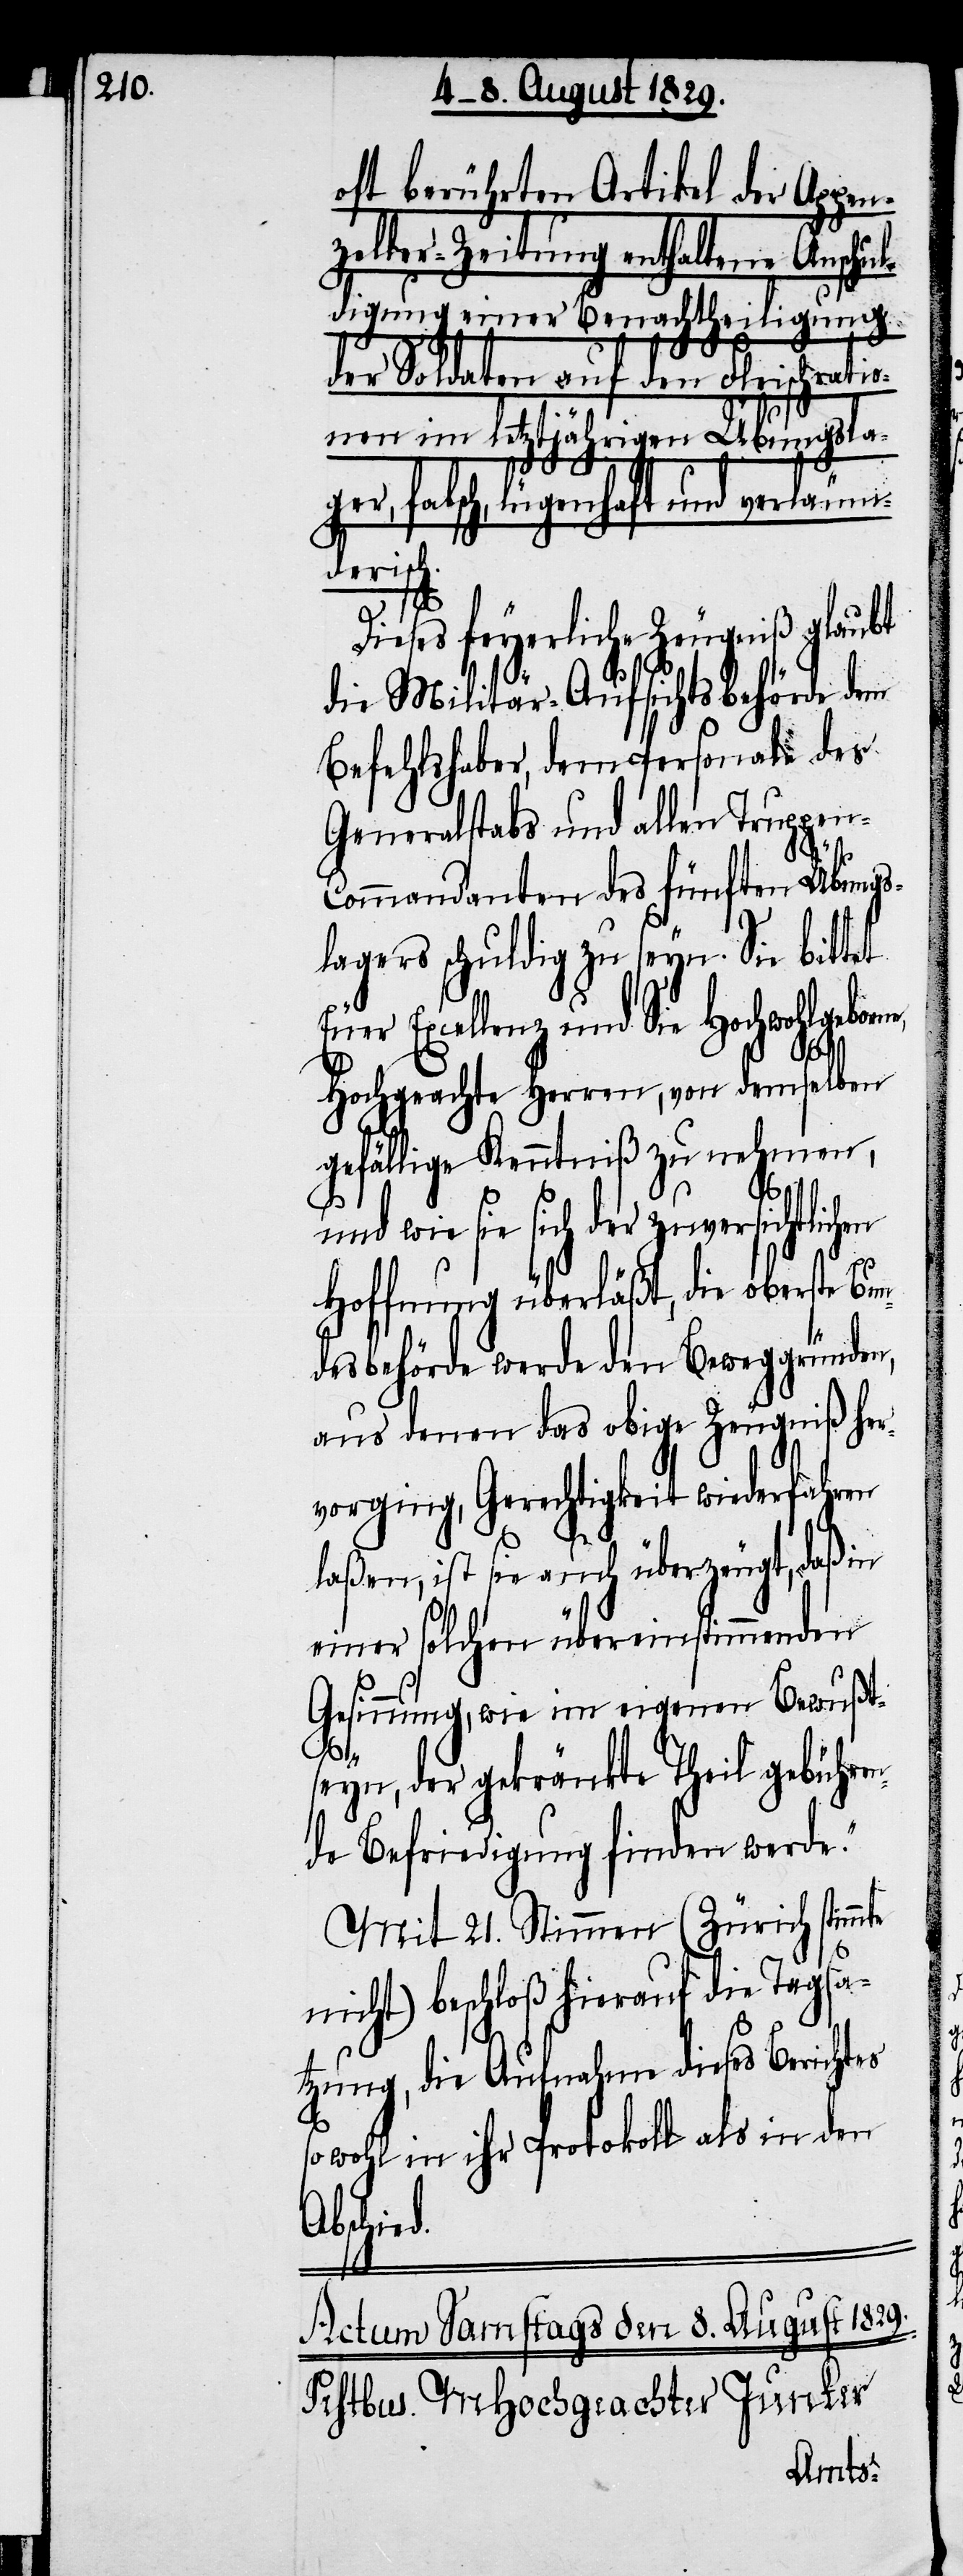
oft berührten Artikel der Appen¬
zeller-Zeitung enthaltene Anschu¬
ldigung einer Benachtheiligung
der Soldaten auf den Fleischratio¬
nen im letztjährigen Übungsla¬
ger, falsch, lügenhaft und verläumd¬
erisch.
Dieses feyerliche Zeugniß glaubt
die Militär-Aufsichtsbehörde dem
Befehlshaber, dem Personale des
Generalstabs und allen Truppen-C¬
d.
ommandanten des fünften Übungs¬
lagers schuldig zu seyn. Sie bittet
Excellenz und Sie Hochwohlgeb¬
Hochgeachte Herren, von demselben
gefällige Kenntniß zu nehmen,
und wie sie sich der zuversichtlichen
Hoffnung überläßt, die Oberste
desbehörde werde den Beweggründen
aus denen das obige Zeugniß her¬
vorging, Gerechtigkeit wiederfahren
laßen, ist sie auch überzeugt, daß in
einer solchen übereinstimmenden
Gesinnung, wie im eigenen Bewußt¬
seyn, der gekränkte Theil gebühren¬
de Befriedigung finden werde.“
Mit 21. Stimmen (Zürich stimmte
nicht) beschloß hierauf die Tags¬
atzung, die Aufnahme dieses Berichtes
sowohl in ihr Protokoll als in den
Abschie¬